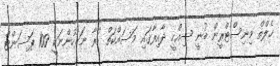
ހެލްތް މިނިސްޓްރީން ބުނީ ސިއްހީ ދާއިރާގައި މަސައްކަތް ކުރާ ނަރުހުންނަކީ 100 ޕަސަންޓް